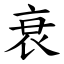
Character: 衰